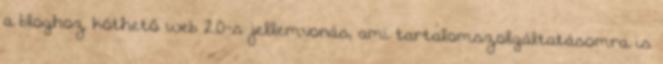
a bloghoz köthető web 2.0-s jellemvonás, ami tartalomszolgáltatásomra is